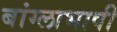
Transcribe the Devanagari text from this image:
बांग्‍लाभाषी